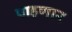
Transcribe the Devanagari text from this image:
पाहणार